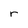
Character: r